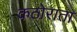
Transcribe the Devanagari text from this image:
कठोराता